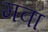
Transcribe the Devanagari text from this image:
मवा